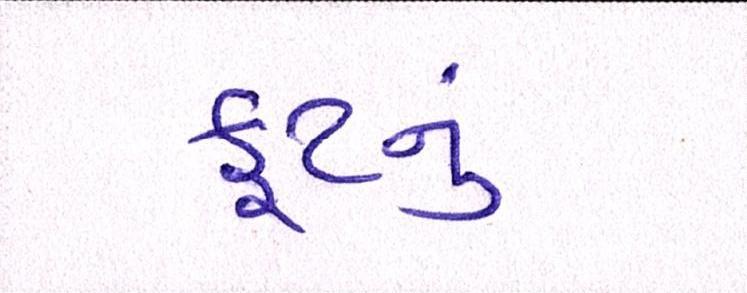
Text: ફૂટનું